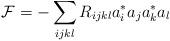
LaTeX: \begin{align*}\mathcal{F}=-\sum_{ijkl} R_{ijkl}a_i^\ast a_j a_k^\ast a_l\end{align*}